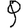
Digit: 9